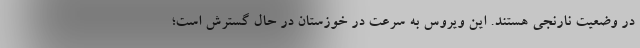
در وضعیت نارنجی هستند. این ویروس به سرعت در خوزستان در حال گسترش است؛